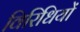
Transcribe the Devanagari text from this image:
विरिधियों